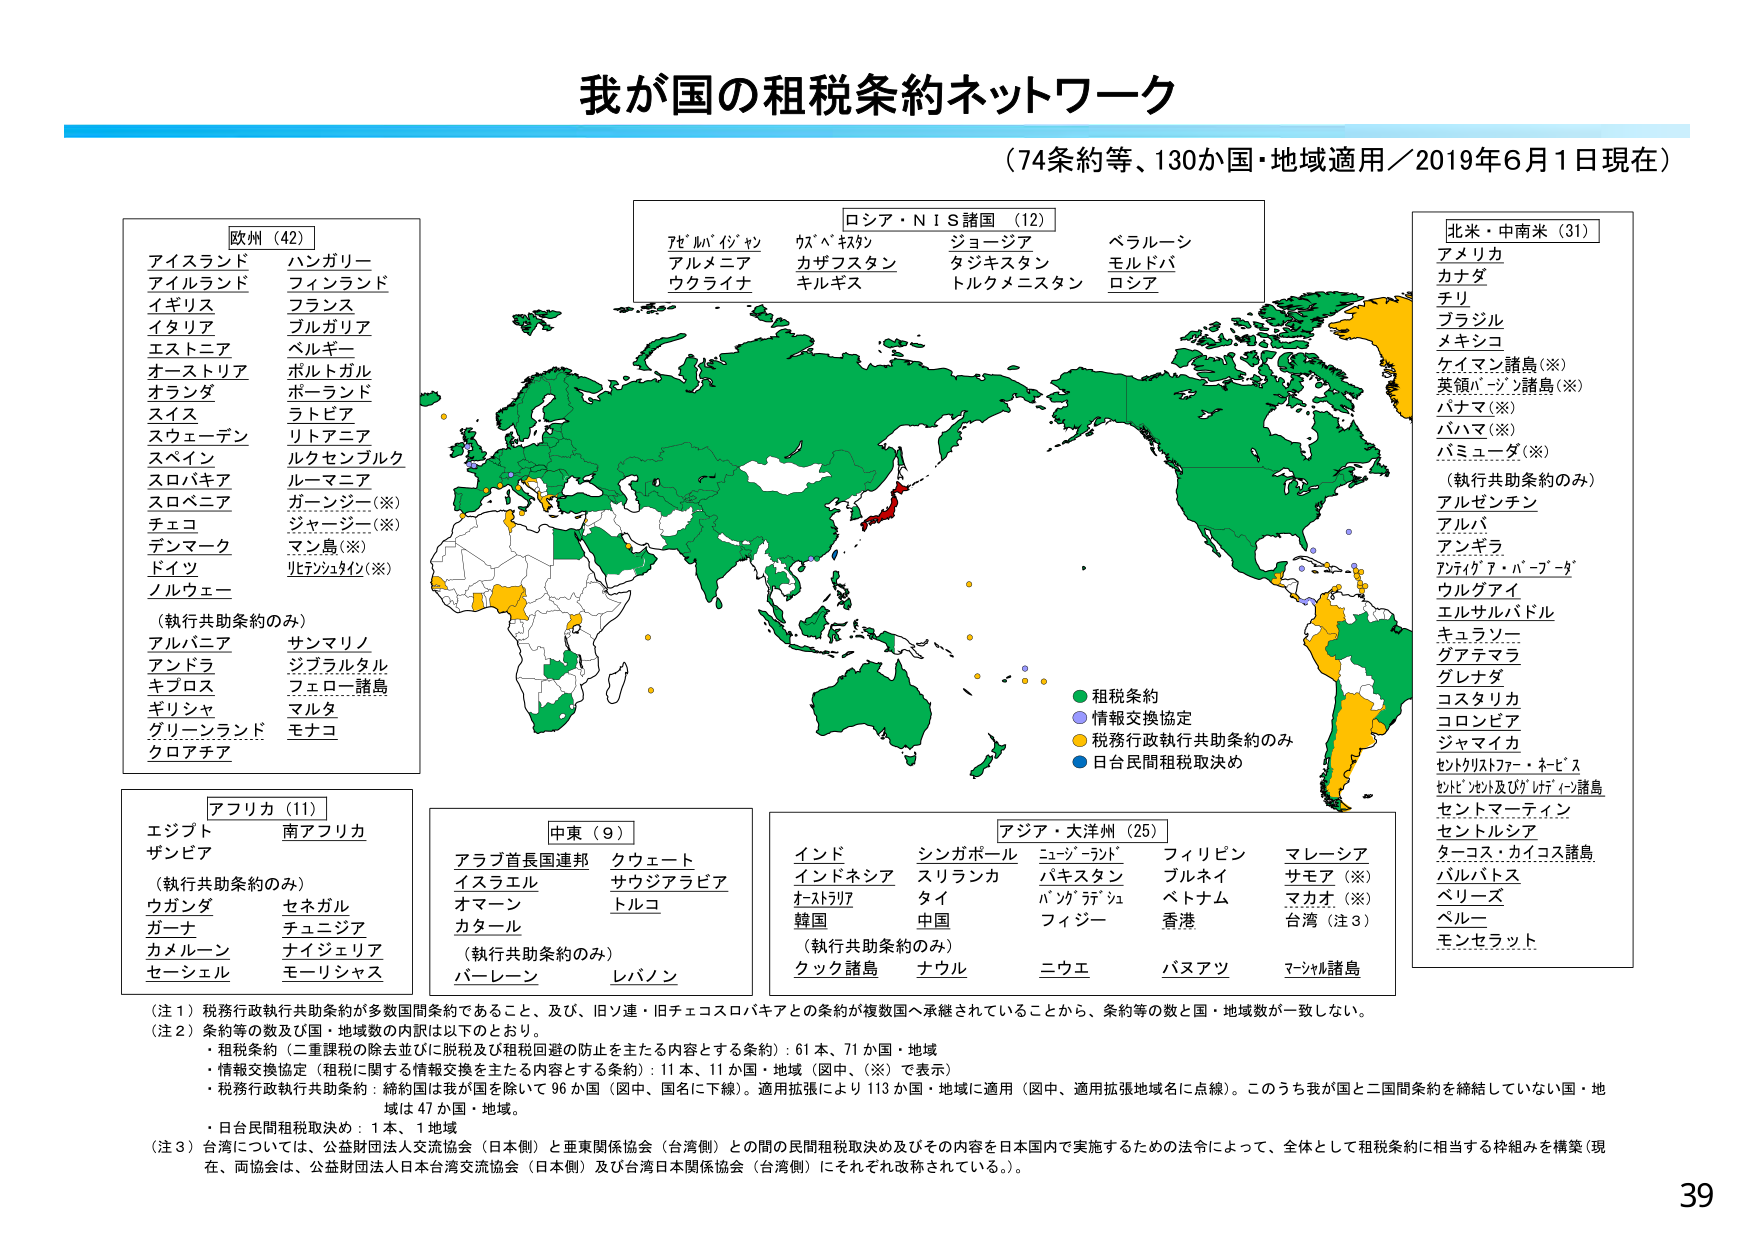
我が国の租税条約ネットワーク
（74条約等、130か国・地域適用／2019年6月1日現在）

欧州（42）
アイスランド　ハンガリー
アイルランド　フィンランド
イギリス　フランス
イタリア　ブルガリア
エストニア　ベルギー
オーストリア　ポルトガル
オランダ　ポーランド
スイス　ラトビア
スウェーデン　リトアニア
スペイン　ルクセンブルク
スロバキア　ルーマニア
スロベニア　ガーンジー（※）
チェコ　ジャージー（※）
デンマーク　マン島（※）
ドイツ　リヒテンシュタイン（※）
ノルウェー

（執行共助条約のみ）
アルバニア　サンマリノ
アンドラ　ジブラルタル
キプロス　フェロー諸島
ギリシャ　マルタ
グリーンランド　モナコ
クロアチア

アフリカ（11）
エジプト　南アフリカ
ザンビア

（執行共助条約のみ）
ウガンダ　セネガル
ガーナ　チュニジア
カメルーン　ナイジェリア
セーシェル　モリシャス

中東（9）
アラブ首長国連邦　クウェート
イスラエル　サウジアラビア
オマーン　トルコ
カタール

（執行共助条約のみ）
バーレーン　レバノン

ロシア・ＮＩＳ諸国（12）
アゼルバイジャン　ウズベキスタン　ジョージア　ベラルーシ
アルメニア　カザフスタン　タジキスタン　モルドバ
ウクライナ　キルギス　トルクメニスタン　ロシア

アジア・大洋州（25）
インド　シンガポール　ニュージーランド　フィリピン　マレーシア
インドネシア　スリランカ　パキスタン　ブルネイ　サモア（※）
オーストラリア　タイ　バングラデシュ　ベトナム　マカオ（※）
韓国　中国　フィジー　香港　台湾（注3）

（執行共助条約のみ）
クック諸島　ナウル　ニウエ　バヌアツ　マーシャル諸島

北米・中南米（31）
アメリカ
カナダ
チリ
ブラジル
メキシコ
ケイマン諸島（※）
英領バージン諸島（※）
パナマ（※）
バハマ（※）
バミューダ（※）

（執行共助条約のみ）
アルゼンチン
アルバ
アンギラ
アントグア・バーブーダ
ウルグアイ
エルサルバドル
キュラソー
グアテマラ
グレナダ
コスタリカ
コロンビア
ジャマイカ
セントクリストファー・ネビス
セントビンセント及びグレナディーン諸島
セントマーティン
セントルシア
ターボス・カイコス諸島
バルバドス
ベリーズ
ペルー
モンセラット

（注1）税務行政執行共助条約が多数国間条約であること、及び、旧ソ連・旧チェコスロバキアとの条約が複数国へ承継されていることから、条約等の数と国・地域数が一致しない。
（注2）条約等の数及び国・地域数の内訳は以下のとおり。
・租税条約（二重課税の除去並びに脱税及び租税回避の防止を主たる内容とする条約）：61本、71か国・地域
・情報交換協定（租税に関する情報交換を主たる内容とする条約）：11本、11か国・地域（図中、（※）で表示）
・税務行政執行共助条約：締結国は我が国を除いて96か国（図中、国名に下線）。適用拡張により113か国・地域に適用（図中、適用拡張地域名に点線）。このうち我が国と二国間条約を締結していない国・地域は47か国・地域。
・日台民間租税取決め：1本、1地域
（注3）台湾については、公益財団法人交流協会（日本側）と亜東関係協会（台湾側）との間の民間租税取決め及びその内容を日本国内で実施するための法令によって、全体として租税条約に相当する枠組みを構築（現在、両協会は、公益財団法人日本台湾交流協会（日本側）及び台湾日本関係協会（台湾側）にそれぞれ改称されている。）。

租税条約
情報交換協定
税務行政執行共助条約のみ
日台民間租税取決め

39